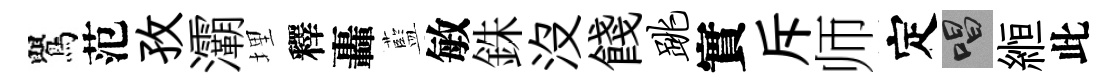
鸎范孜灞埋釋轟藍敏銖没餞跳實斥师定唱縆此